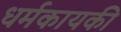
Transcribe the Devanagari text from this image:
धर्मकायकी